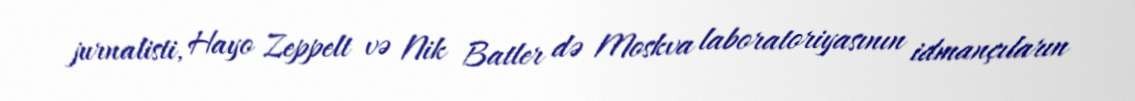
jurnalisti, Hayo Zeppelt və Nik Batler də Moskva laboratoriyasının idmançıların